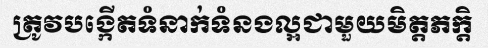
ត្រូវបង្កើតទំនាក់ទំនងល្អជាមួយមិត្តភក្តិ